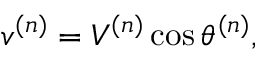
v ^ { ( n ) } = V ^ { ( n ) } \cos \theta ^ { ( n ) } ,